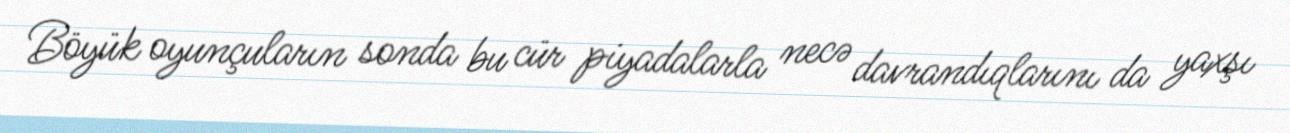
Böyük oyunçuların sonda bu cür piyadalarla necə davrandıqlarını da yaxşı